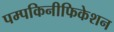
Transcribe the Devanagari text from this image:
पम्पकिनीफिकेशन